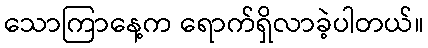
သောကြာနေ့က ရောက်ရှိလာခဲ့ပါတယ်။